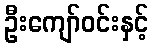
ဦးကျော်ဝင်းနှင့်